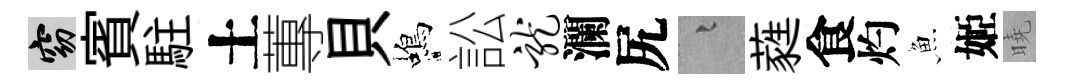
窈賓駐土蓴貝蝎訟龙瀾尻融蕤食灼魚姬曉